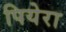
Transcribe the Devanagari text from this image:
पियेरा